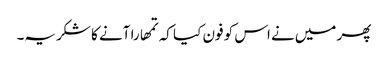
پھر میں‌نے اس کو فون کیا کہ تمھارا آنے کا شکریہ۔